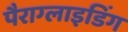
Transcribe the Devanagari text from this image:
पैराग्‍लाइडिंग